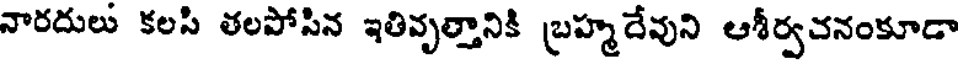
నారదులు కలసి తలపోసిన ఇతివృత్తానికి బ్రహ్మదేవుని ఆశీర్వచనంకూడా